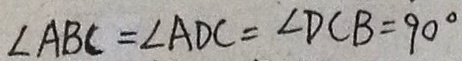
\angle A B C = \angle A D C = \angle D C B = 9 0 ^ { \circ }